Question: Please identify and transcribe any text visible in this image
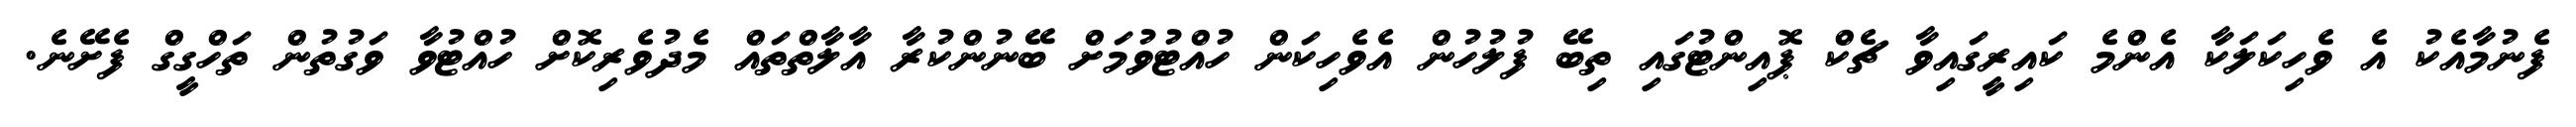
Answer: ފެނުމާއެކު އެ ވެހިކަލަކާ އެންމެ ކައިރީގައިވާ ޗެކް ޕޮއިންޓުގައި ތިބޭ ފުލުހުން އެވެހިކަން ހުއްޓުވުމަށް ބޭނުންކުރާ އާލާތްތައް މެދުވެރިކޮށް ހުއްޓުވާ ވަގުތުން ތަހްގީގް ފެށޭނެ.